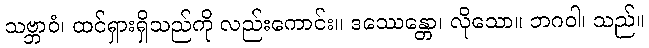
သဗ္ဘာဝံ၊ ထင်ရှားရှိသည်ကို လည်းကောင်း။ ဒဿေန္တော၊ လိုသော။ ဘဂဝါ၊ သည်။